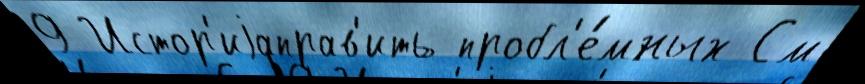
9 Истор'иjаправ'ить пробл'е́мных См